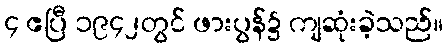
၄ ဧပြီ ၁၉၄၂တွင် ဖားပွန်၌ ကျဆုံးခဲ့သည်။